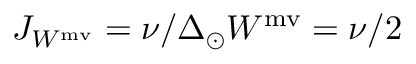
J _ { W ^ { \mathrm { m v } } } = \nu / \Delta _ { \odot } W ^ { \mathrm { m v } } = \nu / 2